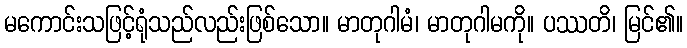
မကောင်းသဖြင့်ရုံသည်လည်းဖြစ်သော။ မာတုဂါမံ၊ မာတုဂါမကို။ ပဿတိ၊ မြင်၏။